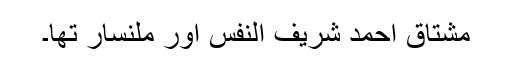
مشتاق احمد شریف النفس اور ملنسار تھا۔